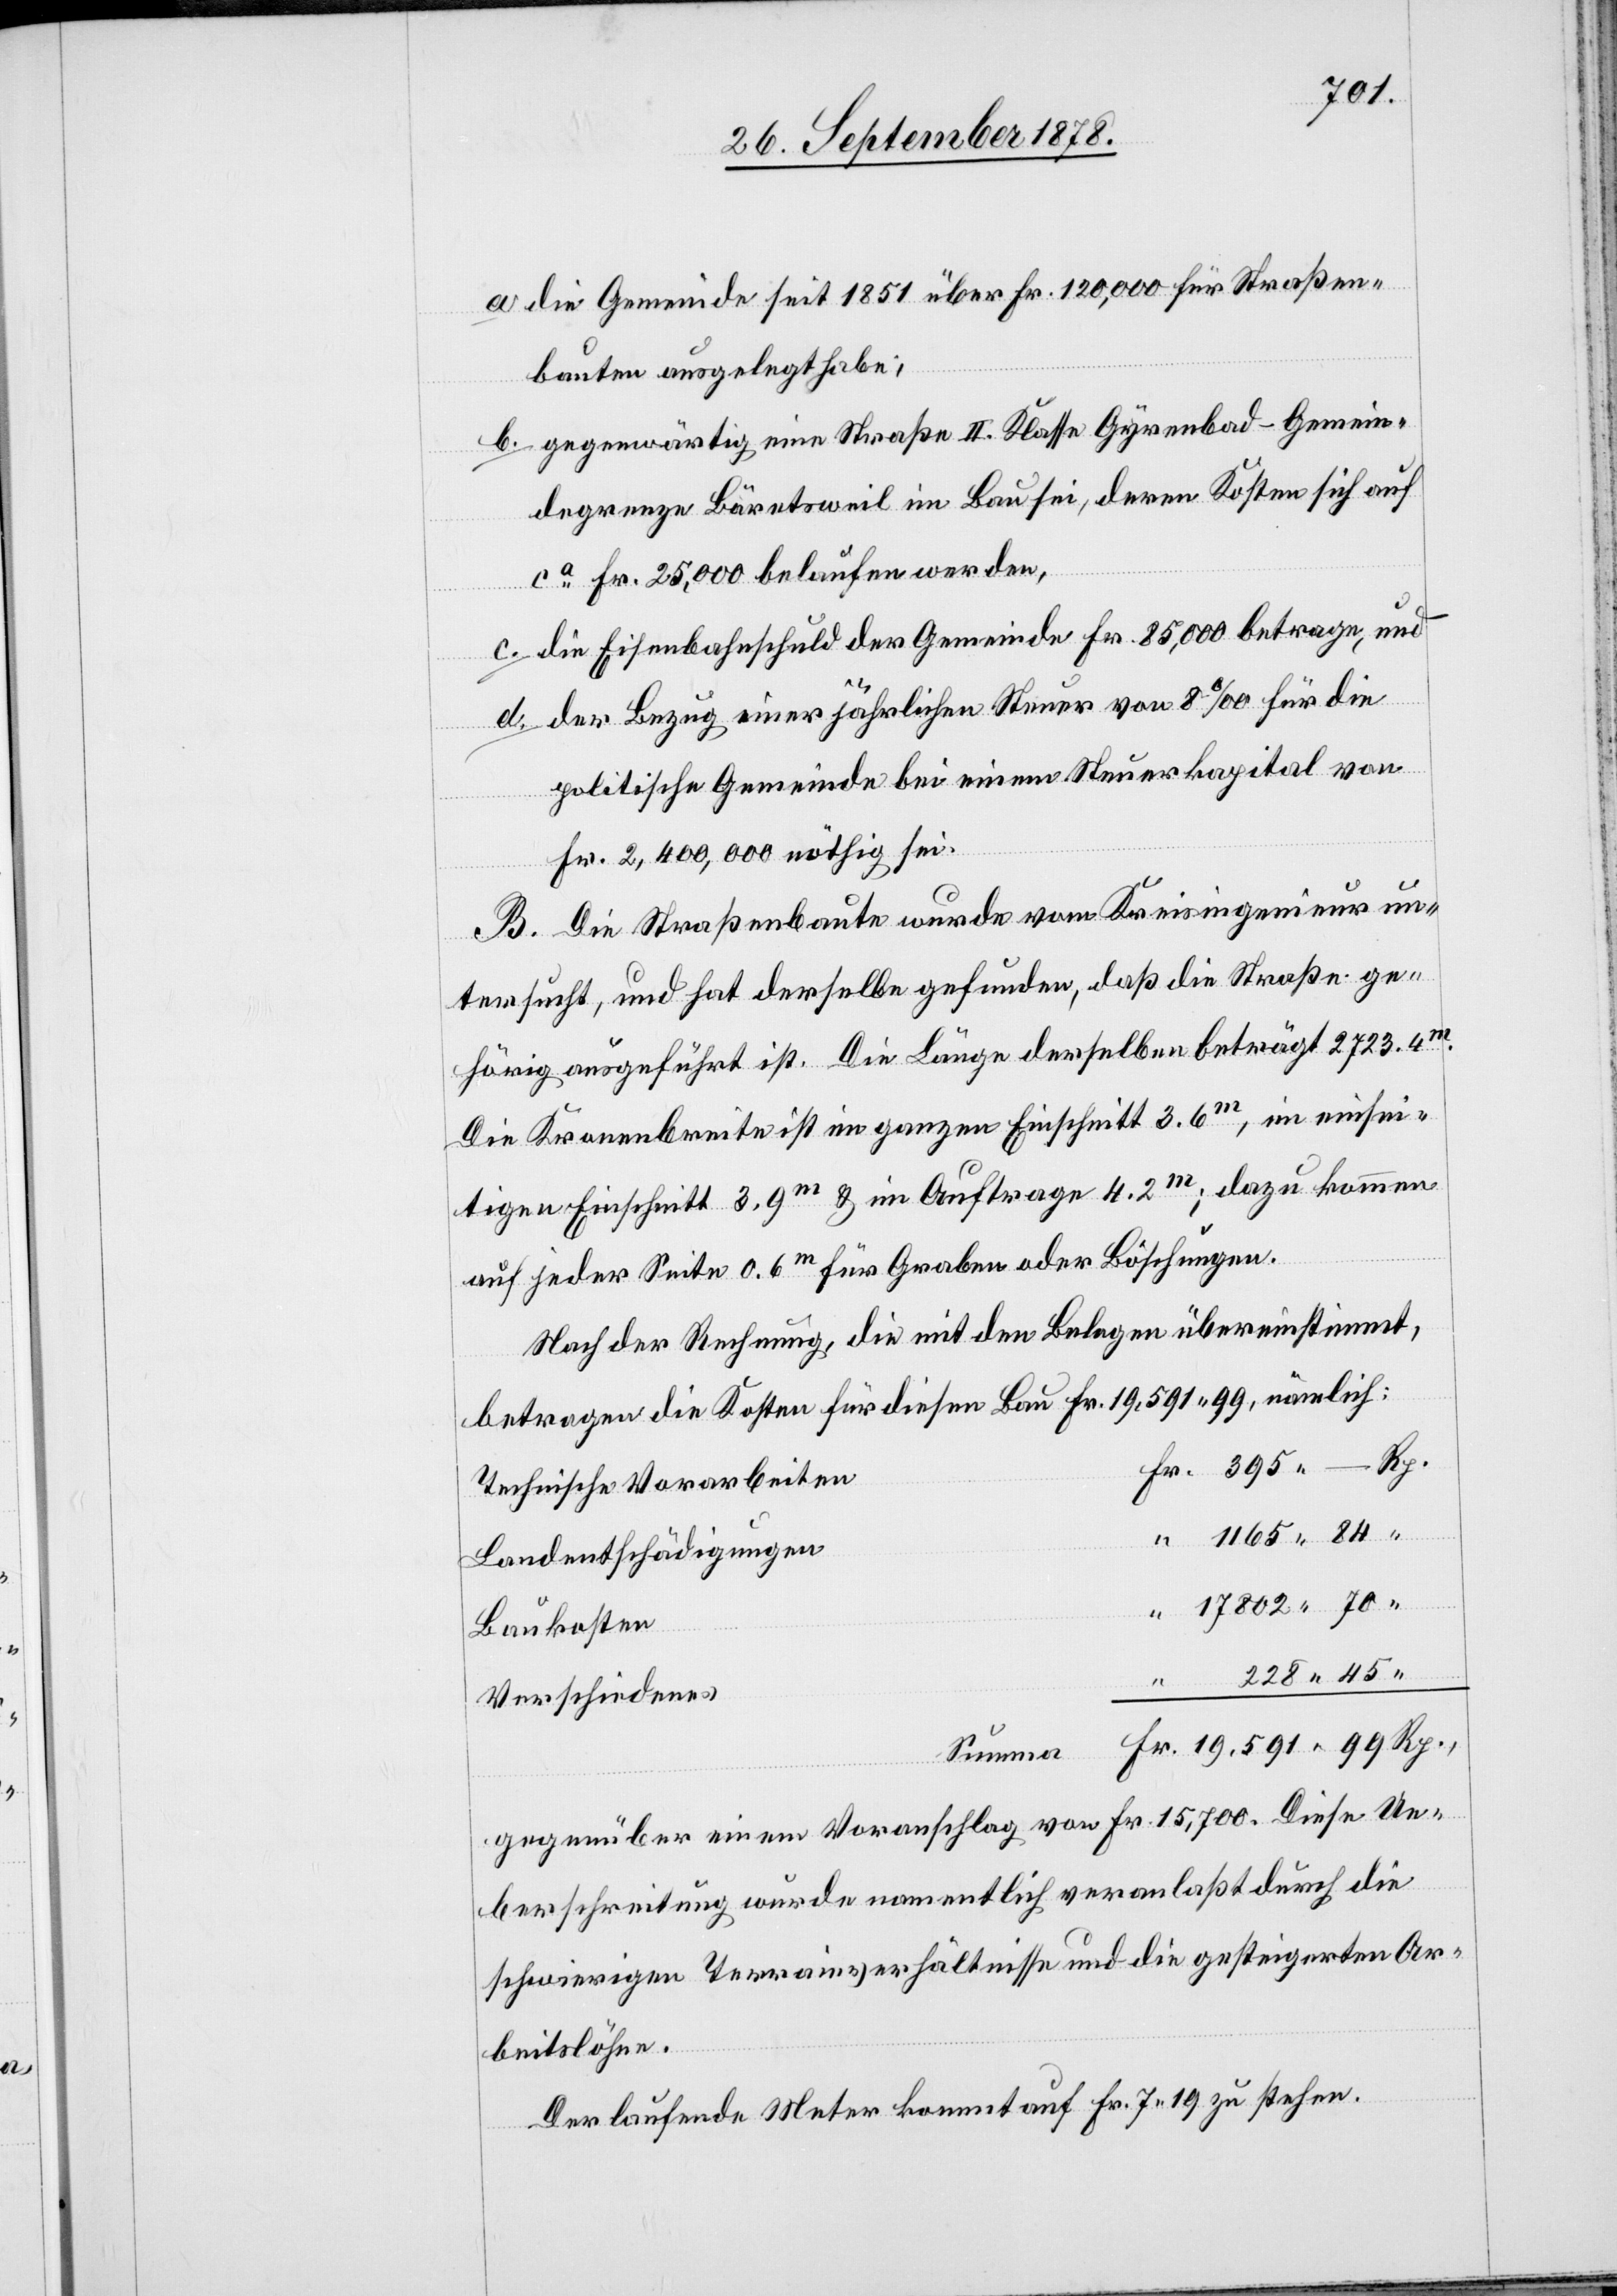
a. die Gemeinde seit 1851 über Fr. 120,000 für Straßen¬
bauten ausgelegt habe;
b. gegenwärtig eine Straße II. Klasse Gyrenbad–Gemein¬
degrenze Bäretsweil im Bau sei, deren Kosten sich auf
ca Fr. 25,000 belaufen werden;
c. die Eisenbahnschuld der Gemeinde Fr. 85,000 betrage, und
d. der Bezug einer jährlichen Steuer von 8‰ für die
politische Gemeinde bei einem Steuerkapital von
Fr. 2,400,000 nöthig sei.
B. Die Straßenbaute wurde vom Kreisingenieur un¬
tersucht, und hat derselbe gefunden, daß die Straße ge¬
hörig ausgeführt ist. Die Länge derselben beträgt 2723.4m,
tigen Einschnitt 3.9m & im Auftrage 4.2m; dazu kommen
auf jeder Seite 0.6m für Graben oder Böschungen.
Nach der Rechnung, die mit den Belegen übereinstimmt,
betragen die Kosten für diesen Bau Fr. 19,591 99, nämlich:
Technische Vorarbeiten
“
1165 84
Rp.
Landentschädigungen
Baukosten
228 45
“
Verschiedenes
Summa
gegenüber einem Voranschlag von Fr. 15,700. Diese Ue¬
berschreitung wurde namentlich veranlaßt durch die
schwierigen Terrainverhältnisse und die gesteigerten Ar¬
beitslöhne.
Der laufende Meter kommt auf Fr. 7 19 zu stehen.